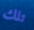
تلك